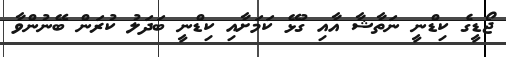
ޖޯޑީގެ ކިޑްނީ ނަތާޝާ އާއި ގުޅޭ ކަމަށާއި ކިޑްނީ ބަދަލު ކުރަން ބޭނުންވާ